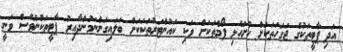
އަދި ޕާޓީތަކުގެ ޖަގަހަތަކަށް ހުށަހެޅި ފޯމްތަކަށް ވަކި ކައުންޓަރުތަކަކަށް ބަލައިގަންނަމުންދާއިރު ޕާޓީތަކުންވެސް ވަނީ